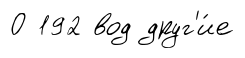
О 192 вод друг'и́е